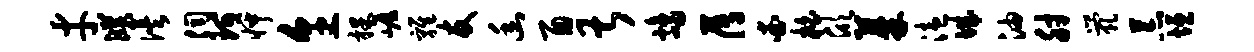
才濮俟伺珂怦烹裸崖鸡友幽酉甚鸪薄查柏欣蓁溘城油肘茕荒垣